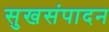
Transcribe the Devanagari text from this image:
सुखसंपादन